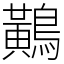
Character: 鷬